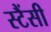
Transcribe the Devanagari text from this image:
स्टैंसी